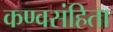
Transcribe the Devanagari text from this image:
कण्वसंहिता